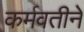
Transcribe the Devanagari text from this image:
कर्मवतीने